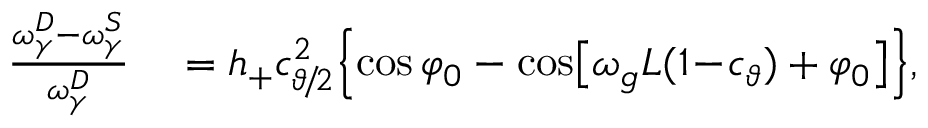
\begin{array} { r l } { \frac { \omega _ { \gamma } ^ { D } - \omega _ { \gamma } ^ { S } } { \omega _ { \gamma } ^ { D } } } & { { } = h _ { + } c _ { \vartheta \! / \! 2 } ^ { 2 } \Big \{ \! \cos \varphi _ { 0 } - \cos \! \big [ \omega _ { g } L ( 1 \! - \! c _ { \vartheta } ) + \varphi _ { 0 } \big ] \Big \} , } \end{array}